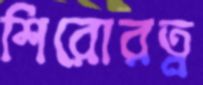
শিরোরত্ন